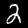
Digit: 2